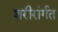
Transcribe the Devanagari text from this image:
शरीरांर्गत